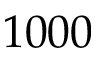
1 0 0 0